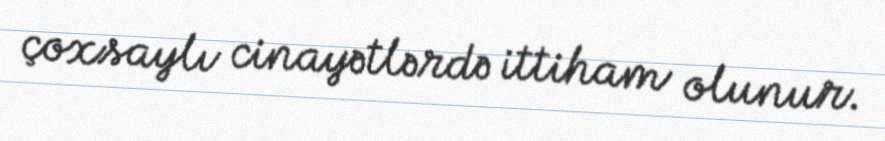
çoxsaylı cinayətlərdə ittiham olunur.